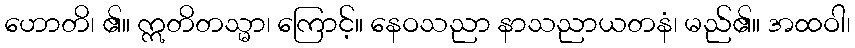
ဟောတိ၊ ၏။ ဣတိတသ္မာ၊ ကြောင့်။ နေဝသညာ နာသညာယတနံ၊ မည်၏။ အထဝါ၊